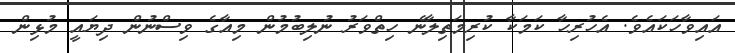
އައިވާހަކައެވެ. އެހުރިހާ ކަމަކާ ކުރިމަތިލާނެ ހިތްވަރު ނުލިބުމުން މިއާގެ ވިސްނުން ދިޔައީ މުޅިން